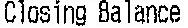
CLOSING BALANCE